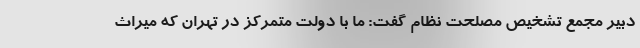
دبیر مجمع تشخیص مصلحت نظام گفت: ما با دولت متمرکز در تهران که میراث